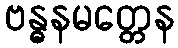
ဗန္ဓနမတ္တေန